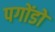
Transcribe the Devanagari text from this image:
पगोंडो